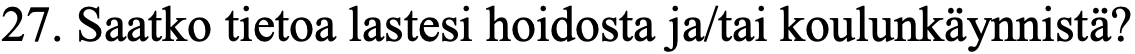
27. Saatko tietoa lastesi hoidosta ja/tai koulunkäynnistä?